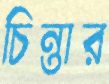
চিন্তার